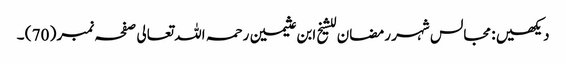
دیکھیں : مجالس شہر رمضان للشیخ ابن عثیمین رحمہ اللہ تعالی صفحہ نمبر ( 70 ) ۔